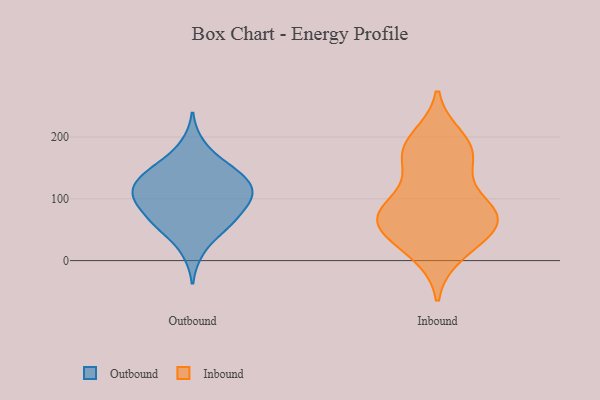
{"axis": {"x": "Inventory Turnover", "y": "Value"}, "legend": ["Inbound", "Outbound"], "data": [{"x": "", "y": 69, "type": "Outbound"}, {"x": "", "y": 132, "type": "Outbound"}, {"x": "", "y": 106, "type": "Outbound"}, {"x": "", "y": 54, "type": "Outbound"}, {"x": "", "y": 95, "type": "Outbound"}, {"x": "", "y": 70, "type": "Outbound"}, {"x": "", "y": 154, "type": "Outbound"}, {"x": "", "y": 128, "type": "Outbound"}, {"x": "", "y": 139, "type": "Outbound"}, {"x": "", "y": 122, "type": "Outbound"}, {"x": "", "y": 52, "type": "Outbound"}, {"x": "", "y": 13, "type": "Outbound"}, {"x": "", "y": 189, "type": "Outbound"}, {"x": "", "y": 97, "type": "Outbound"}, {"x": "", "y": 98, "type": "Outbound"}, {"x": "", "y": 107, "type": "Outbound"}, {"x": "", "y": 139, "type": "Outbound"}, {"x": "", "y": 54, "type": "Outbound"}, {"x": "", "y": 100, "type": "Outbound"}, {"x": "", "y": 158, "type": "Outbound"}, {"x": "", "y": 90, "type": "Inbound"}, {"x": "", "y": 22, "type": "Inbound"}, {"x": "", "y": 170, "type": "Inbound"}, {"x": "", "y": 59, "type": "Inbound"}, {"x": "", "y": 57, "type": "Inbound"}, {"x": "", "y": 85, "type": "Inbound"}, {"x": "", "y": 70, "type": "Inbound"}, {"x": "", "y": 170, "type": "Inbound"}, {"x": "", "y": 188, "type": "Inbound"}, {"x": "", "y": 60, "type": "Inbound"}, {"x": "", "y": 90, "type": "Inbound"}, {"x": "", "y": 198, "type": "Inbound"}, {"x": "", "y": 155, "type": "Inbound"}, {"x": "", "y": 58, "type": "Inbound"}, {"x": "", "y": 11, "type": "Inbound"}]}